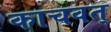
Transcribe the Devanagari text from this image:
काचवत्